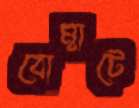
বোম্বাটে